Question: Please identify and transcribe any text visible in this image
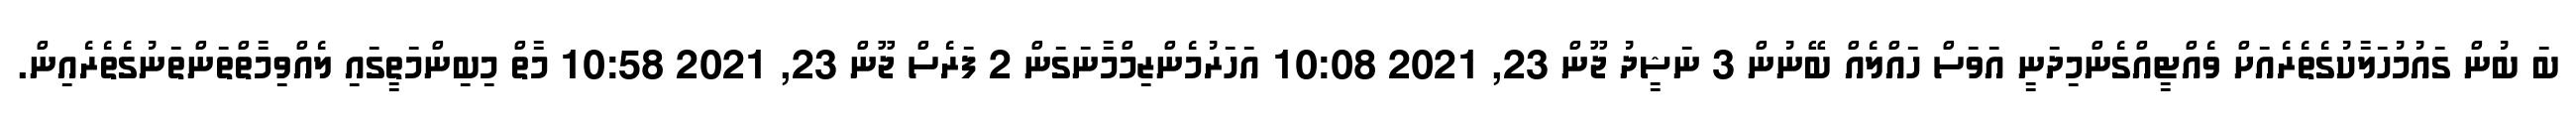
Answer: ބަ ބުން ގައުމުހަލާކުގެތެރެއަށް ވެއްޓީއްގެންމިދަނީ އަވަސް ހައްލެއް ބޭނުން 3 ނަޝީދު ޖޫން 23, 2021 10:08 އަހަރުމެންޒިމްމާނަގަން 2 ފަރެސް ޖޫން 23, 2021 10:58 މާތް މިބިންމަތީގައި ލެއްވިމާތްތަންތަނުގެތެރެއިން.